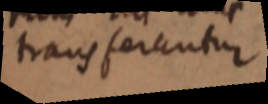
transferantur